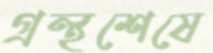
গ্রন্থশেষে